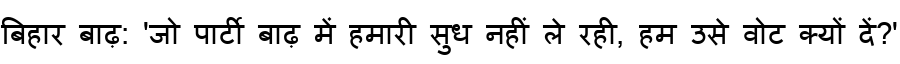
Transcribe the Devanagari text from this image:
बिहार बाढ़: 'जो पार्टी बाढ़ में हमारी सुध नहीं ले रही, हम उसे वोट क्यों दें?'